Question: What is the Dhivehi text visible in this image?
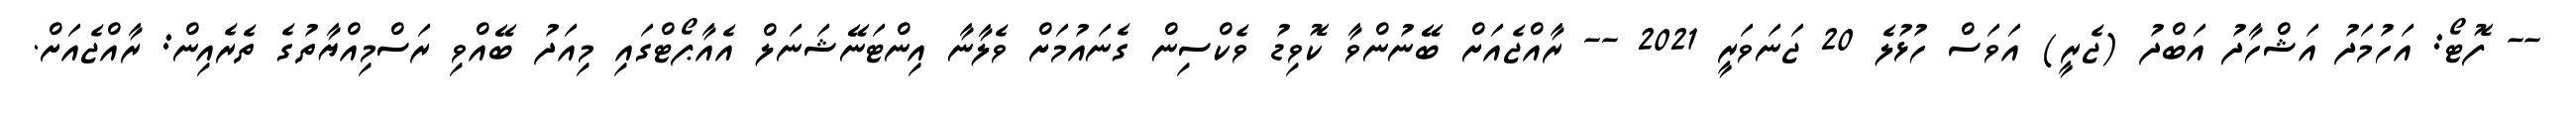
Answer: -- ފޮޓޯ: އަހުމަދު އަޝްހާދު އަބްދު (ޖެރީ) އަވަސް ހުޅުލެ 20 ޖަނަވަރީ 2021 -- ރާއްޖެއަށް ބޭނުންވާ ކޮވިޑު ވެކްސިން ގެނައުމަށް ވެލާނާ އިންޓަނޭޝަނަލް އެއާޕޯޓްގައި މިއަދު ބޭއްވި ރަސްމިއްޔާތުގެ ތެރެއިން: ރާއްޖެއަށް.